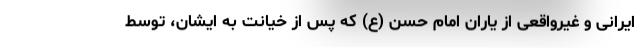
ایرانی و غیرواقعی از یاران امام حسن (ع) که پس از خیانت به ایشان، توسط